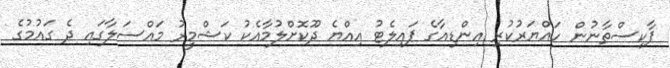
ޕާކިސްތާނުން ހައްޔަރުކުރި އިންޑިއާގެ ޕައިލެޓު އިއްޔެ ދޫކޮށްލުމާއެކު ކަޝްމީރު މައްސަލާގައި ދެ ގައުމުގެ